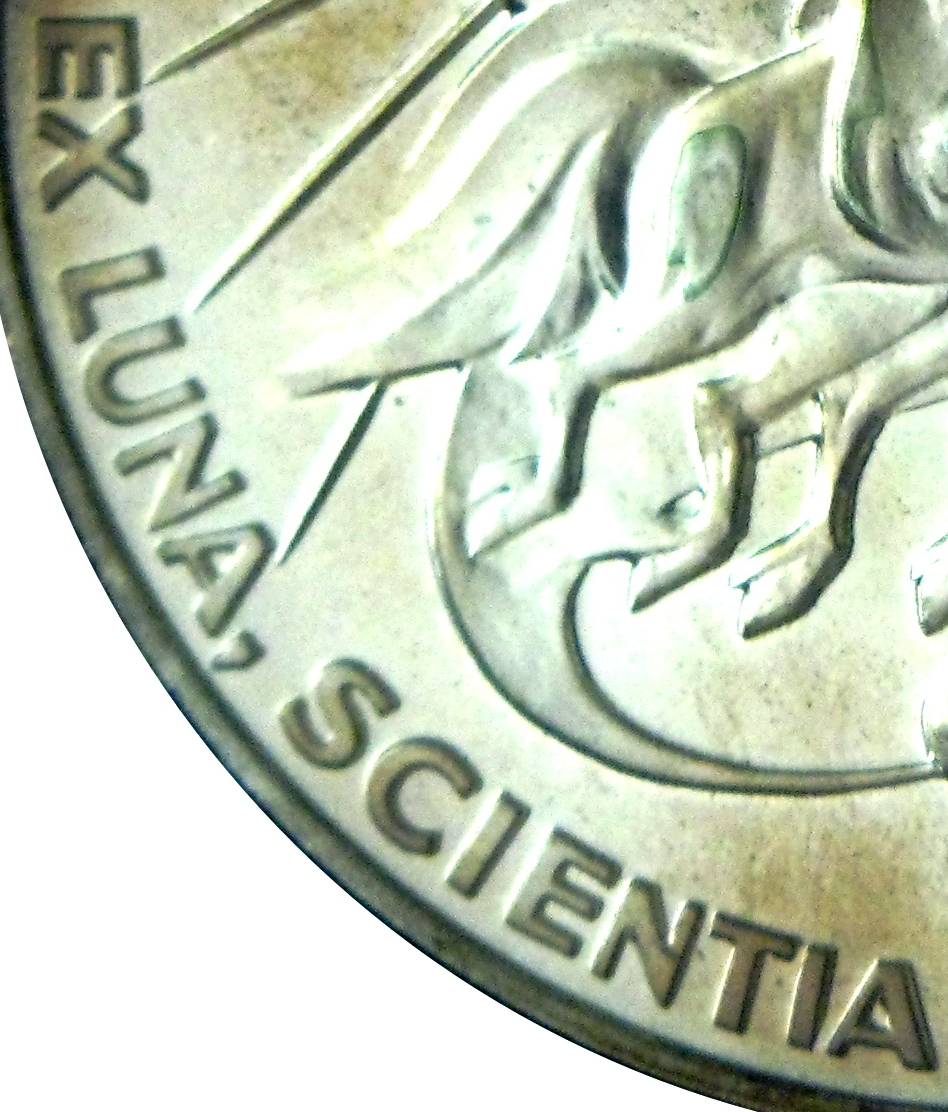
EXLUNA,SCIENTIA